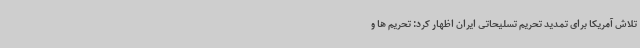
تلاش آمریکا برای تمدید تحریم تسلیحاتی ایران اظهار کرد: تحریم ها و